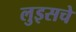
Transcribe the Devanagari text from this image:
लुइसचे